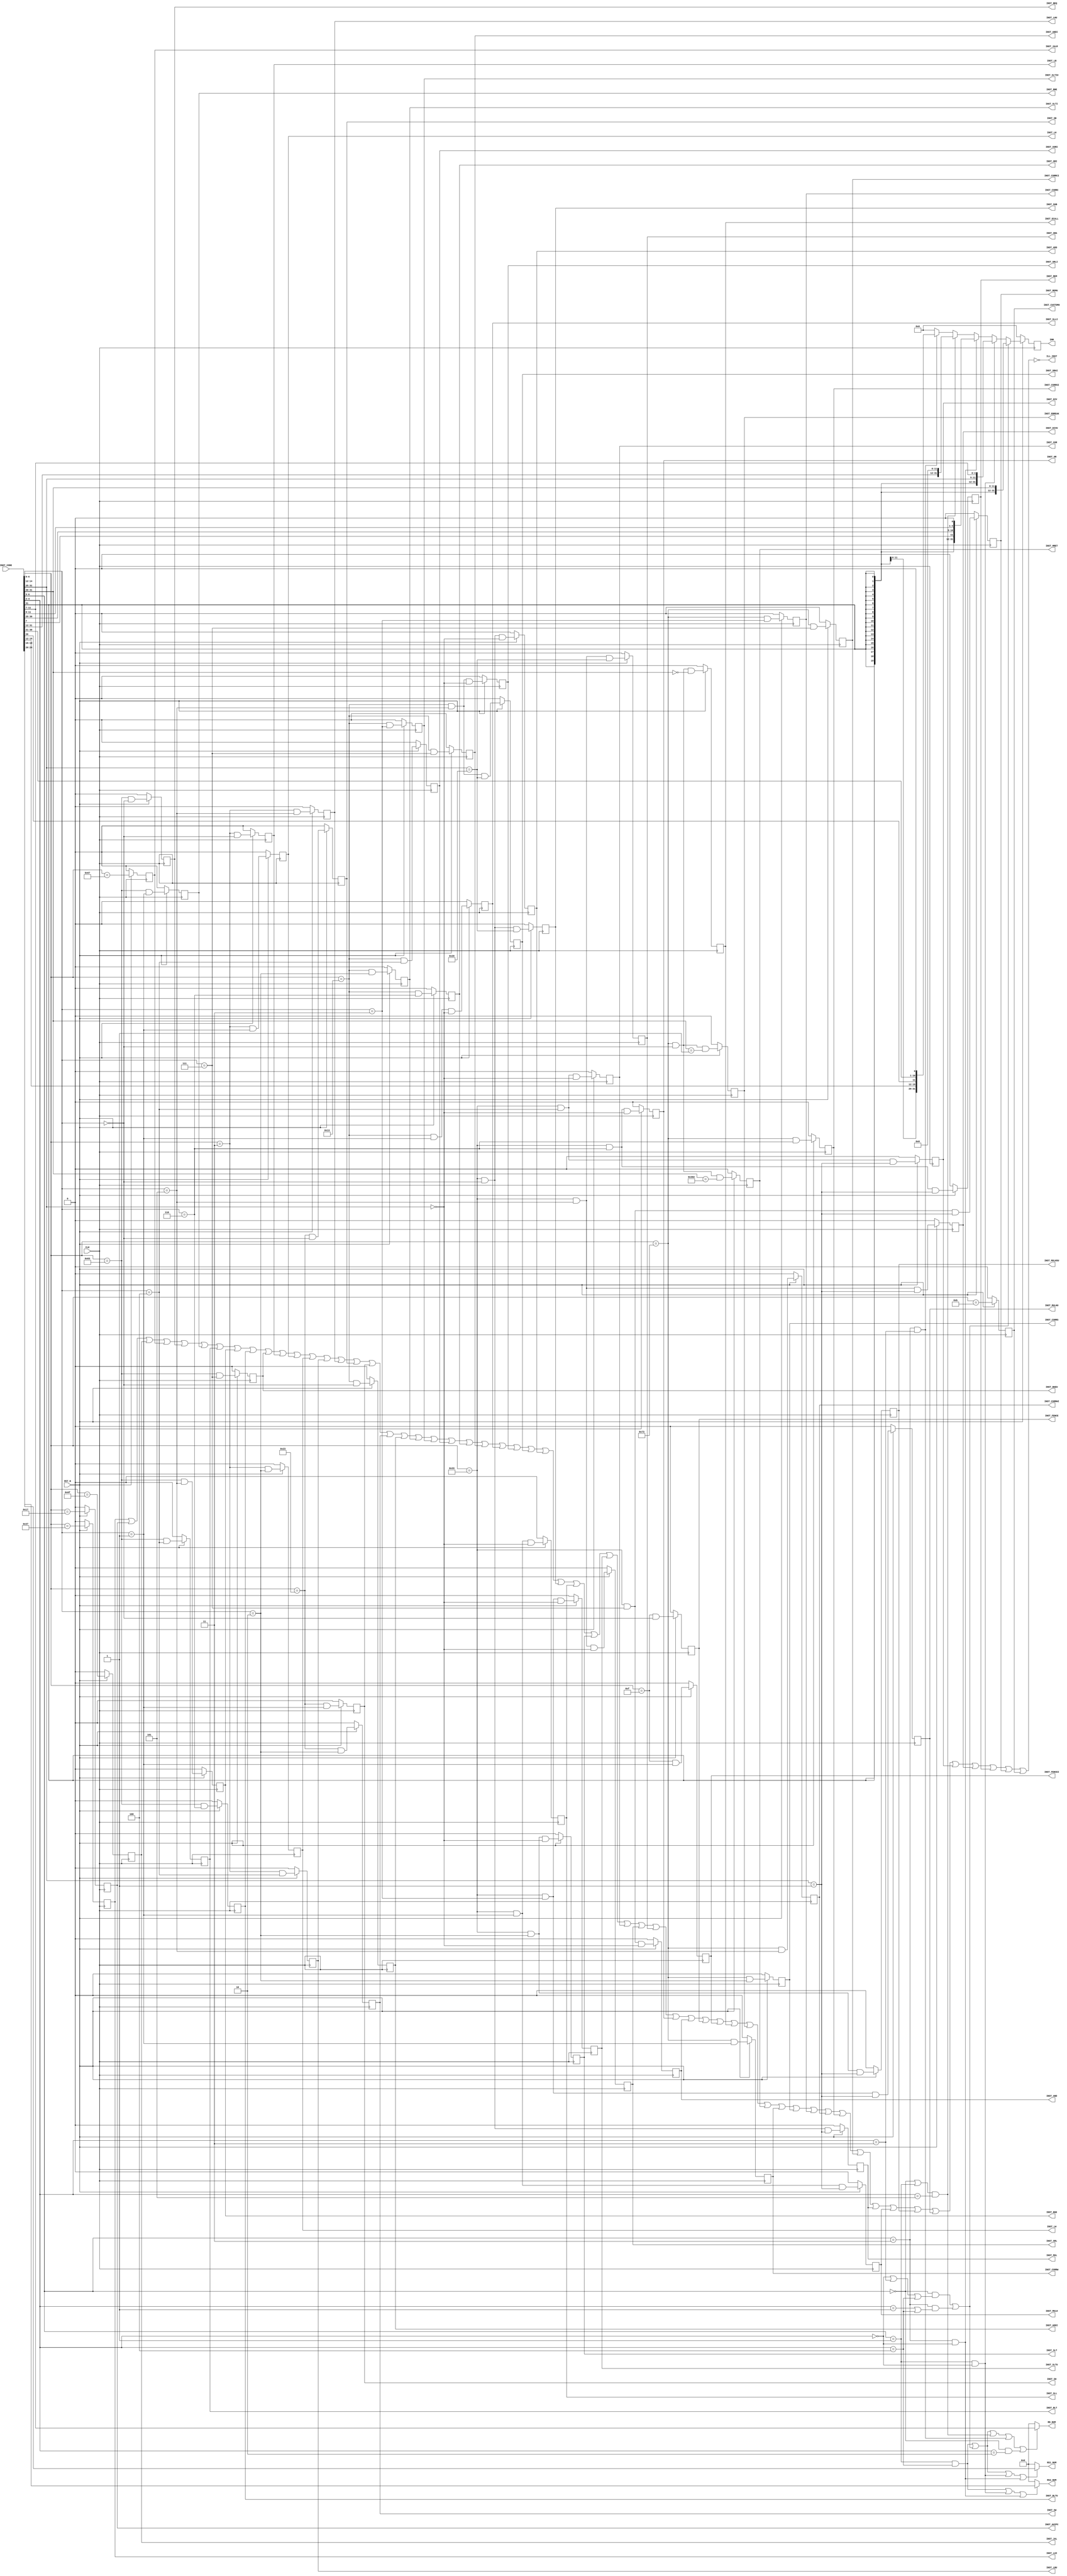
module fmrv32im_decode
  (
   input 	     RST_N,
   input 	     CLK,

   // 
   input wire [31:0] INST_CODE,

   // 
   output wire [4:0] RD_NUM,
   output wire [4:0] RS1_NUM,
   output wire [4:0] RS2_NUM,

   // 
   output reg [31:0] IMM,

   // 
   output reg 	     INST_LUI,
   output reg 	     INST_AUIPC,
   output reg 	     INST_JAL,
   output reg 	     INST_JALR,
   output reg 	     INST_BEQ,
   output reg 	     INST_BNE,
   output reg 	     INST_BLT,
   output reg 	     INST_BGE,
   output reg 	     INST_BLTU,
   output reg 	     INST_BGEU,
   output reg 	     INST_LB,
   output reg 	     INST_LH,
   output reg 	     INST_LW,
   output reg 	     INST_LBU,
   output reg 	     INST_LHU,
   output reg 	     INST_SB,
   output reg 	     INST_SH,
   output reg 	     INST_SW,
   output reg 	     INST_ADDI,
   output reg 	     INST_SLTI,
   output reg 	     INST_SLTIU,
   output reg 	     INST_XORI,
   output reg 	     INST_ORI,
   output reg 	     INST_ANDI,
   output reg 	     INST_SLLI,
   output reg 	     INST_SRLI,
   output reg 	     INST_SRAI,
   output reg 	     INST_ADD,
   output reg 	     INST_SUB,
   output reg 	     INST_SLL,
   output reg 	     INST_SLT,
   output reg 	     INST_SLTU,
   output reg 	     INST_XOR,
   output reg 	     INST_SRL,
   output reg 	     INST_SRA,
   output reg 	     INST_OR,
   output reg 	     INST_AND,
   output reg 	     INST_FENCE,
   output reg 	     INST_FENCEI,
   output reg 	     INST_ECALL,
   output reg 	     INST_EBREAK,
   output reg 	     INST_MRET,
   output reg 	     INST_CSRRW,
   output reg 	     INST_CSRRS,
   output reg 	     INST_CSRRC,
   output reg 	     INST_CSRRWI,
   output reg 	     INST_CSRRSI,
   output reg 	     INST_CSRRCI,
   output reg 	     INST_MUL,
   output reg 	     INST_MULH,
   output reg 	     INST_MULHSU,
   output reg 	     INST_MULHU,
   output reg 	     INST_DIV,
   output reg 	     INST_DIVU,
   output reg 	     INST_REM,
   output reg 	     INST_REMU,

	 output reg        INST_CUSTOM0,

   output wire 	     ILL_INST

   );


   // ()
   reg 		     r_type, i_type, s_type, b_type, u_type, j_type;
	 reg         c0_type; // custom0
   always @(*) begin
      r_type <= (INST_CODE[6:5] == 2'b01) && (INST_CODE[4:2] == 3'b100);
      i_type <= ((INST_CODE[6:5] == 2'b00) && ((INST_CODE[4:2] == 3'b000) ||
					       (INST_CODE[4:2] == 3'b011) ||
					       (INST_CODE[4:2] == 3'b100))) ||
		((INST_CODE[6:5] == 2'b11) && ((INST_CODE[4:2] == 3'b001) ||
					       (INST_CODE[4:2] == 3'b100)));
      s_type <= (INST_CODE[6:5] == 2'b01) && (INST_CODE[4:2] == 3'b000);
      b_type <= (INST_CODE[6:5] == 2'b11) && (INST_CODE[4:2] == 3'b000);
      u_type <= ((INST_CODE[6:5] == 2'b00) || (INST_CODE[6:5] == 2'b01)) &&
		(INST_CODE[4:2] == 3'b101);
      j_type <= (INST_CODE[6:5] == 2'b11) && (INST_CODE[4:2] == 3'b011);
			c0_type <= (INST_CODE[6:5] == 2'b00) && (INST_CODE[4:2] == 3'b010);
   end

   // 
   always @(posedge CLK) begin
      if(!RST_N) begin
         IMM <= 0;
      end else begin
	 IMM <= (i_type)?{{21{INST_CODE[31]}},
			  INST_CODE[30:20]}:
		(s_type)?{{21{INST_CODE[31]}},
			  INST_CODE[30:25], INST_CODE[11:7]}:
		(b_type)?{{20{INST_CODE[31]}},
			  INST_CODE[7], INST_CODE[30:25], INST_CODE[11:8], 1'b0}:
		(u_type)?{INST_CODE[31:12], 12'b0000_0000_0000}:
		(j_type)?{{12{INST_CODE[31]}},
			  INST_CODE[19:12], INST_CODE[20], INST_CODE[30:21], 1'b0}:
		32'd0; // Illigal Code
      end
   end

   // 
   assign RD_NUM  = (r_type | i_type | u_type | j_type | c0_type)?INST_CODE[11:7]:5'd0;
   assign RS1_NUM = (r_type | i_type | s_type | b_type)?INST_CODE[19:15]:5'd0;
   assign RS2_NUM = (r_type | s_type | b_type)?INST_CODE[24:20]:5'd0;


   // 
   wire [2:0] func3;
   wire [6:0] func7;
   assign func3 = INST_CODE[14:12];
   assign func7 = INST_CODE[31:25];

   // 
   always @(posedge CLK) begin
      if(!RST_N) begin
	 INST_LUI    <= 1'b0;
	 INST_AUIPC  <= 1'b0;
	 INST_JAL    <= 1'b0;
	 INST_JALR   <= 1'b0;
	 INST_BEQ    <= 1'b0;
	 INST_BNE    <= 1'b0;
	 INST_BLT    <= 1'b0;
	 INST_BGE    <= 1'b0;
	 INST_BLTU   <= 1'b0;
	 INST_BGEU   <= 1'b0;
	 INST_LB     <= 1'b0;
	 INST_LH     <= 1'b0;
	 INST_LW     <= 1'b0;
	 INST_LBU    <= 1'b0;
	 INST_LHU    <= 1'b0;
	 INST_SB     <= 1'b0;
	 INST_SH     <= 1'b0;
	 INST_SW     <= 1'b0;
	 INST_ADDI   <= 1'b0;
	 INST_SLTI   <= 1'b0;
	 INST_SLTIU  <= 1'b0;
	 INST_XORI   <= 1'b0;
	 INST_ORI    <= 1'b0;
	 INST_ANDI   <= 1'b0;
	 INST_SLLI   <= 1'b0;
	 INST_SRLI   <= 1'b0;
	 INST_SRAI   <= 1'b0;
	 INST_ADD    <= 1'b0;
	 INST_SUB    <= 1'b0;
	 INST_SLL    <= 1'b0;
	 INST_SLT    <= 1'b0;
	 INST_SLTU   <= 1'b0;
	 INST_XOR    <= 1'b0;
	 INST_SRL    <= 1'b0;
	 INST_SRA    <= 1'b0;
	 INST_OR     <= 1'b0;
	 INST_AND    <= 1'b0;
	 INST_FENCE  <= 1'b0;
	 INST_FENCEI <= 1'b0;
	 INST_ECALL  <= 1'b0;
	 INST_EBREAK <= 1'b0;
	 INST_MRET   <= 1'b0;
	 INST_CSRRW  <= 1'b0;
	 INST_CSRRS  <= 1'b0;
	 INST_CSRRC  <= 1'b0;
	 INST_CSRRWI <= 1'b0;
	 INST_CSRRSI <= 1'b0;
	 INST_CSRRCI <= 1'b0;
	 INST_MUL    <= 1'b0;
	 INST_MULH   <= 1'b0;
	 INST_MULHSU <= 1'b0;
	 INST_MULHU  <= 1'b0;
	 INST_DIV    <= 1'b0;
	 INST_DIVU   <= 1'b0;
	 INST_REM    <= 1'b0;
	 INST_REMU   <= 1'b0;
	 INST_CUSTOM0 <= 1'b0;
      end else begin
	 INST_LUI    <= (INST_CODE[6:0] == 7'b0110111);
	 INST_AUIPC  <= (INST_CODE[6:0] == 7'b0010111);
	 INST_JAL    <= (INST_CODE[6:0] == 7'b1101111);
	 INST_JALR   <= (INST_CODE[6:0] == 7'b1100111);
	 INST_BEQ    <= (INST_CODE[6:0] == 7'b1100011) && (func3 == 3'b000);
	 INST_BNE    <= (INST_CODE[6:0] == 7'b1100011) && (func3 == 3'b001);
	 INST_BLT    <= (INST_CODE[6:0] == 7'b1100011) && (func3 == 3'b100);
	 INST_BGE    <= (INST_CODE[6:0] == 7'b1100011) && (func3 == 3'b101);
	 INST_BLTU   <= (INST_CODE[6:0] == 7'b1100011) && (func3 == 3'b110);
	 INST_BGEU   <= (INST_CODE[6:0] == 7'b1100011) && (func3 == 3'b111);
	 INST_LB     <= (INST_CODE[6:0] == 7'b0000011) && (func3 == 3'b000);
	 INST_LH     <= (INST_CODE[6:0] == 7'b0000011) && (func3 == 3'b001);
	 INST_LW     <= (INST_CODE[6:0] == 7'b0000011) && (func3 == 3'b010);
	 INST_LBU    <= (INST_CODE[6:0] == 7'b0000011) && (func3 == 3'b100);
	 INST_LHU    <= (INST_CODE[6:0] == 7'b0000011) && (func3 == 3'b101);
	 INST_SB     <= (INST_CODE[6:0] == 7'b0100011) && (func3 == 3'b000);
	 INST_SH     <= (INST_CODE[6:0] == 7'b0100011) && (func3 == 3'b001);
	 INST_SW     <= (INST_CODE[6:0] == 7'b0100011) && (func3 == 3'b010);
	 INST_ADDI   <= (INST_CODE[6:0] == 7'b0010011) && (func3 == 3'b000);
	 INST_SLTI   <= (INST_CODE[6:0] == 7'b0010011) && (func3 == 3'b010);
	 INST_SLTIU  <= (INST_CODE[6:0] == 7'b0010011) && (func3 == 3'b011);
	 INST_XORI   <= (INST_CODE[6:0] == 7'b0010011) && (func3 == 3'b100);
	 INST_ORI    <= (INST_CODE[6:0] == 7'b0010011) && (func3 == 3'b110);
	 INST_ANDI   <= (INST_CODE[6:0] == 7'b0010011) && (func3 == 3'b111);
	 INST_SLLI   <= (INST_CODE[6:0] == 7'b0010011) && (func3 == 3'b001) &&
			(func7 == 7'b0000000);
	 INST_SRLI   <= (INST_CODE[6:0] == 7'b0010011) && (func3 == 3'b101) &&
			(func7 == 7'b0000000);
	 INST_SRAI   <= (INST_CODE[6:0] == 7'b0010011) && (func3 == 3'b101) &&
			(func7 == 7'b0100000);
	 INST_ADD    <= (INST_CODE[6:0] == 7'b0110011) && (func3 == 3'b000) &&
			(func7 == 7'b0000000);
	 INST_SUB    <= (INST_CODE[6:0] == 7'b0110011) && (func3 == 3'b000) &&
			(func7 == 7'b0100000);
	 INST_SLL    <= (INST_CODE[6:0] == 7'b0110011) && (func3 == 3'b001) &&
			(func7 == 7'b0000000);
	 INST_SLT    <= (INST_CODE[6:0] == 7'b0110011) && (func3 == 3'b010) &&
			(func7 == 7'b0000000);
	 INST_SLTU   <= (INST_CODE[6:0] == 7'b0110011) && (func3 == 3'b011) &&
			(func7 == 7'b0000000);
	 INST_XOR    <= (INST_CODE[6:0] == 7'b0110011) && (func3 == 3'b100) &&
			(func7 == 7'b0000000);
	 INST_SRL    <= (INST_CODE[6:0] == 7'b0110011) && (func3 == 3'b101) &&
			(func7 == 7'b0000000);
	 INST_SRA    <= (INST_CODE[6:0] == 7'b0110011) && (func3 == 3'b101) &&
			(func7 == 7'b0100000);
	 INST_OR     <= (INST_CODE[6:0] == 7'b0110011) && (func3 == 3'b110) &&
			(func7 == 7'b0000000);
	 INST_AND    <= (INST_CODE[6:0] == 7'b0110011) && (func3 == 3'b111) &&
			(func7 == 7'b0000000);
	 INST_FENCE  <= (INST_CODE[6:0] == 7'b0001111) && (func3 == 3'b000);
	 INST_FENCEI <= (INST_CODE[6:0] == 7'b0001111) && (func3 == 3'b001);
	 INST_ECALL  <= (INST_CODE[6:0] == 7'b1110011) && (func3 == 3'b000) &&
			(INST_CODE[31:20] == 12'b0000_0000_0000);
	 INST_EBREAK <= (INST_CODE[6:0] == 7'b1110011) && (func3 == 3'b000) &&
			(INST_CODE[31:20] == 12'b0000_0000_0001);
	 INST_MRET   <= (INST_CODE[6:0] == 7'b1110011) && (func3 == 3'b000) &&
			(INST_CODE[31:20] == 12'b0011_0000_0010);
	 INST_CSRRW  <= (INST_CODE[6:0] == 7'b1110011) && (func3 == 3'b001);
	 INST_CSRRS  <= (INST_CODE[6:0] == 7'b1110011) && (func3 == 3'b010);
	 INST_CSRRC  <= (INST_CODE[6:0] == 7'b1110011) && (func3 == 3'b011);
	 INST_CSRRWI <= (INST_CODE[6:0] == 7'b1110011) && (func3 == 3'b101);
	 INST_CSRRSI <= (INST_CODE[6:0] == 7'b1110011) && (func3 == 3'b110);
	 INST_CSRRCI <= (INST_CODE[6:0] == 7'b1110011) && (func3 == 3'b111);
	 INST_MUL    <= (INST_CODE[6:0] == 7'b0110011) && (func3 == 3'b000) &&
			(func7 == 7'b0000001);
	 INST_MULH   <= (INST_CODE[6:0] == 7'b0110011) && (func3 == 3'b001) &&
			(func7 == 7'b0000001);
	 INST_MULHSU <= (INST_CODE[6:0] == 7'b0110011) && (func3 == 3'b010) &&
			(func7 == 7'b0000001);
	 INST_MULHU  <= (INST_CODE[6:0] == 7'b0110011) && (func3 == 3'b011) &&
			(func7 == 7'b0000001);
	 INST_DIV    <= (INST_CODE[6:0] == 7'b0110011) && (func3 == 3'b100) &&
			(func7 == 7'b0000001);
	 INST_DIVU   <= (INST_CODE[6:0] == 7'b0110011) && (func3 == 3'b101) &&
			(func7 == 7'b0000001);
	 INST_REM    <= (INST_CODE[6:0] == 7'b0110011) && (func3 == 3'b110) &&
			(func7 == 7'b0000001);
	 INST_REMU   <= (INST_CODE[6:0] == 7'b0110011) && (func3 == 3'b111) &&
			(func7 == 7'b0000001);
	 INST_CUSTOM0 <= (INST_CODE[6:0] == 7'b0001011);
      end
   end

   assign ILL_INST = ~(
                       INST_LUI | INST_AUIPC | INST_JAL | INST_JALR |
                       INST_BEQ | INST_BNE | INST_BLT | INST_BGE |
                       INST_BLTU | INST_BGEU |
                       INST_LB | INST_LH | INST_LW | INST_LBU | INST_LHU |
                       INST_SB | INST_SH | INST_SW |
                       INST_ADDI | INST_SLTI | INST_SLTIU |
                       INST_XORI | INST_ORI | INST_ANDI |
                       INST_SLLI | INST_SRLI | INST_SRAI |
                       INST_ADD | INST_SUB |
                       INST_SLL | INST_SLT | INST_SLTU |
                       INST_XOR | INST_SRL | INST_SRA |
                       INST_OR | INST_AND |
                       INST_FENCE | INST_FENCEI |
                       INST_ECALL | INST_EBREAK |
                       INST_MRET |
                       INST_CSRRW | INST_CSRRS | INST_CSRRC |
                       INST_CSRRWI | INST_CSRRSI | INST_CSRRCI |
                       INST_MUL | INST_MULH | INST_MULHSU | INST_MULHU |
                       INST_DIV | INST_DIVU | INST_REM | INST_REMU |
											 INST_CUSTOM0
                       );

endmodule // fmrv32im_decoder